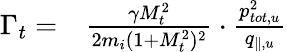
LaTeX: \begin{array}{rl}{\Gamma_{t}=}&{{}\frac{\gamma M_{t}^{2}}{2m_{i}(1+M_{t}^{2})^{2}}\cdot\frac{p_{tot,u}^{2}}{q_{\parallel,u}}}\end{array}